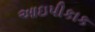
આઇપીકાક